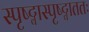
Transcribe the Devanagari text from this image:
स्पृष्ट्वास्पृष्ट्वाततः